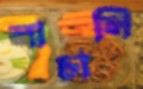
নাচালি